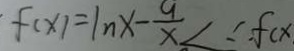
f ( x ) = 1 n x - \frac { 9 } { x } < \therefore f ( x